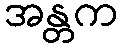
အန္တက